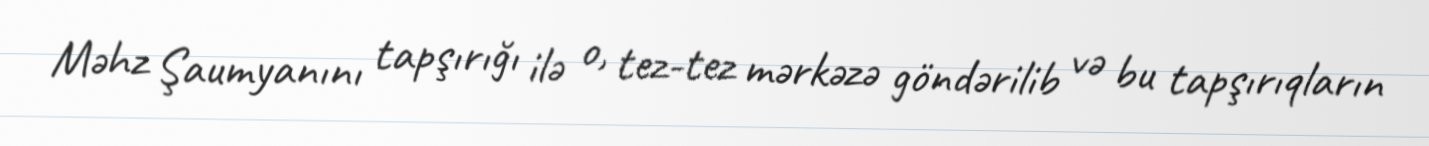
Məhz Şaumyanını tapşırığı ilə o, tez-tez mərkəzə göndərilib və bu tapşırıqların